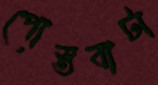
পোস্তবাটা